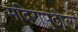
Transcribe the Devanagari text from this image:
मंदिरापुढील